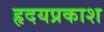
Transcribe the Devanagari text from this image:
हृदयप्रकाश